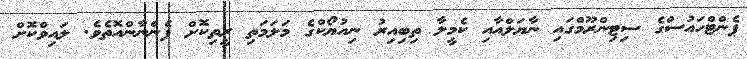
ޕެންޓްހައުސްގެ ސިޓިންރޫމްގައި ނާޔަލްއާއި ކެމީލާ ތިބިއިރު ނިއުޔޯކްގެ މަލަމަތި ރީތިކޮށް ފެންނާންއޮތެވެ. ލައިވްކޮށް